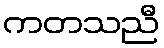
ကတသညီ